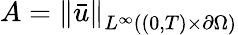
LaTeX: A=\left\lVert\bar{u}\right\rVert_{L^{\infty}((0,T)\times\partial\Omega)}